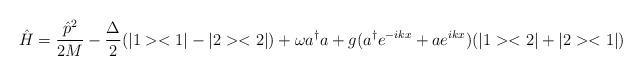
LaTeX: \begin{align*}\hat{H}=\frac{\hat{p}^2}{2M}-\frac{\Delta}{2} (|1><1| - |2><2|) +\omega a^{\dagger}a+g(a^{\dagger} e^{-ikx} + ae^{ikx})(|1><2|+|2><1|)\end{align*}